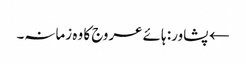
← پشاور: ہائے عروج کا وہ زمانہ۔